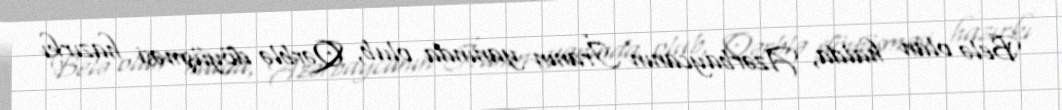
Belə olan halda, Azərbaycanın İranın yanında olub, Qərblə döyüşməsi hazırkı